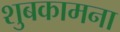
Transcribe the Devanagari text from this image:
शुबकामना